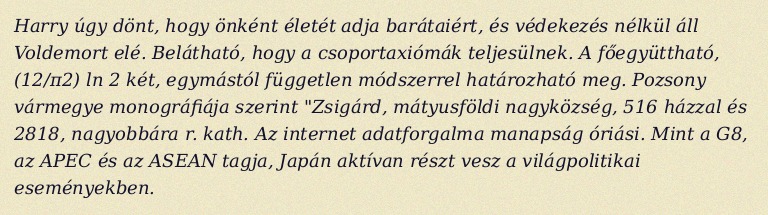
Harry úgy dönt, hogy önként életét adja barátaiért, és védekezés nélkül áll Voldemort elé. Belátható, hogy a csoportaxiómák teljesülnek. A főegyüttható, (12/π2) ln 2 két, egymástól független módszerrel határozható meg. Pozsony vármegye monográfiája szerint "Zsigárd, mátyusföldi nagyközség, 516 házzal és 2818, nagyobbára r. kath. Az internet adatforgalma manapság óriási. Mint a G8, az APEC és az ASEAN tagja, Japán aktívan részt vesz a világpolitikai eseményekben.